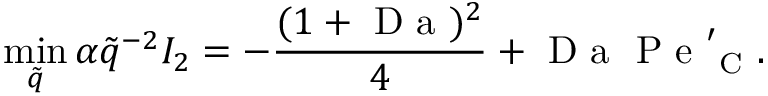
\operatorname* { m i n } _ { \tilde { q } } { \alpha \tilde { q } ^ { - 2 } I _ { 2 } } = - \frac { ( 1 + \mathrm { ~ D ~ a ~ } ) ^ { 2 } } { 4 } + \mathrm { ~ D ~ a ~ } \mathrm { ~ P ~ e ~ } _ { \mathrm { ~ C ~ } } ^ { \prime } .